Vaccine operations Central Provinces 1868-1885 - 1868-1885
Year: 1868
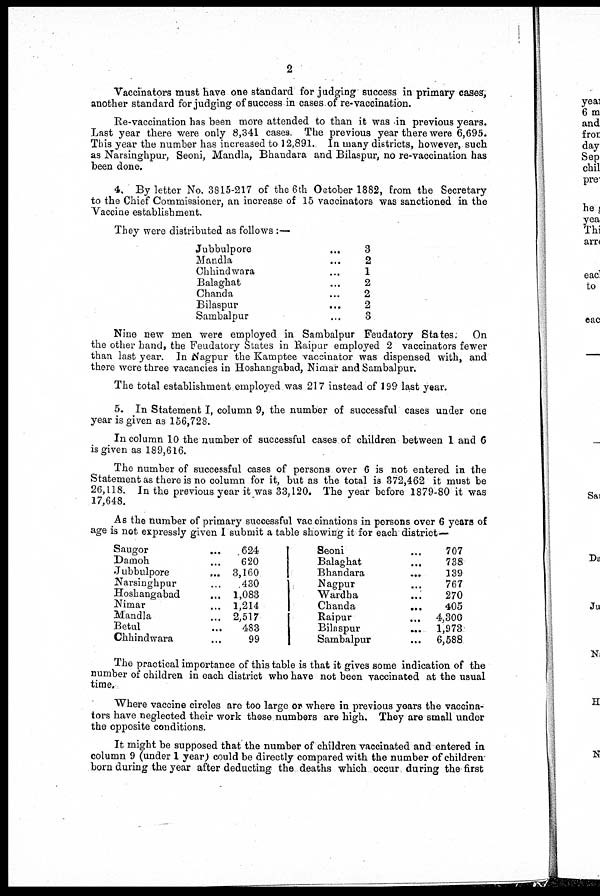
2
Vaccinators must have one standard for judging success in primary cases,
another standard for judging of success in cases of re-vaccination.
Re-vaccination has been more attended to than it was in previous years.
Last year there were only 8,341 cases. The previous year there were 6,695.
This year the number has increased to 12,891. In many districts, however, such
as Narsinghpur, Seoni, Mandla, Bhandara and Bilaspur, no re-vaccination has
been done.
4. By letter No. 3815-217 of the 6th October 1882, from the Secretary
to the Chief Commissioner, an increase of 15 vaccinators was sanctioned in the
Vaccine establishment.
They were distributed as follows :—
Jubbulpore
...
Mandla ....
Chhindwara ...
Balaghat ...
Chanda ...
Bilaspur ...
Sambalpur ...
3
2
1
2
2
2
3
Nine new men were employed in Sambalpur Feudatory States; On
the other hand, the Feudatory States in Raipur employed 2 vaccinators fewer
than last year. In Nagpur the Kamptee vaccinator was dispensed with, and
there were three vacancies in Hoshangabad, Nimar and Sambalpur.
The total establishment employed was 217 instead of 199 last year.
5. In Statement I, column 9, the number of successful cases under one
year is given as 156,728.
In column 10 the number of successful cases of children between 1 and 6
is given as 189,616.
The number of successful cases of persons over 6 is not entered in the
Statement as there is no column for it, but as the total is 372,462 it must be
26,118. In the previous year it was 33,120. The year before 1879-80 it was
17,648.
As the number of primary successful vaccinations in persons over 6 years of
age is not expressly given I submit a table showing it for each district—
Saugor ...
Damoh ...
Jubbulpore ...
Narsinghpur ...
Hoshangabad ...
Nimar ...
Mandla ...
Betul ...
Chhindwara ...
624
620
3,160
430
1,083
1,214
2,517
483
99
Seoni ...
Balaghat
...
Bhandara
...
Nagpur ...
Wardba
...
Chanda ...
Raipur ...
Bilaspur
...
Sambalpur ...
707
738
139
767
270
405
4,300
1,973
6,588
The practical importance of this table is that it gives some indication of the
number of children in each district who have not been vaccinated at the usual
time.
Where vaccine circles are too large or where in previous years the vaccina-
tors have neglected their work these numbers are high. They are small under
the opposite conditions.
It might be supposed that the number of children vaccinated and entered in
column 9 (under 1 year) could be directly compared with the number of children
born during the year after deducting the deaths which occur during the first